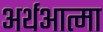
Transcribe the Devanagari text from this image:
अर्थआत्मा